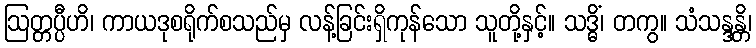
ဩတ္တပ္ပီဟိ၊ ကာယဒုစရိုက်စသည်မှ လန့်ခြင်းရှိကုန်သော သူတို့နှင့်။ သဒ္ဓိံ၊ တကွ။ သံသန္ဒန္တိ၊